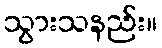
သွားသနည်း။